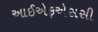
આઈએફએસસી